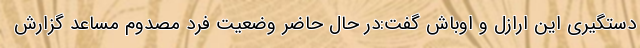
دستگیری این ارازل و اوباش گفت:در حال حاضر وضعیت فرد مصدوم مساعد گزارش